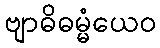
ဗျာဓိဓမ္မံယေဝ